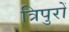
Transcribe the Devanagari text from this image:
त्रिपुरों